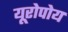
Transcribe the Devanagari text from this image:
यूरोपोय